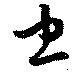
忠